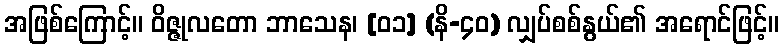
အဖြစ်ကြောင့်။ ဝိဇ္ဇုလတော ဘာသေန၊ [၀၁] (နိ-၄၀) လျှပ်စစ်နွယ်၏ အရောင်ဖြင့်။